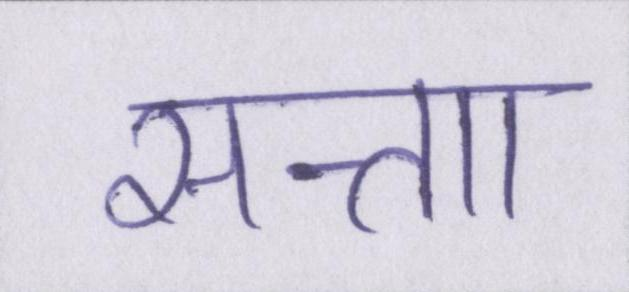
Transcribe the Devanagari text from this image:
सत्ताा